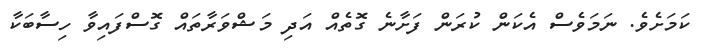
ކަމަށެވެ. ނަމަވެސް އެކަން ކުރަން ފަށާނެ ގޮތެއް އަދި މަޝްވަރާތައް ގޮސްފައިވާ ހިސާބަކާ